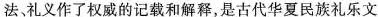
法礼义作了权威的记载和解释，是古代华夏民族礼乐文